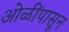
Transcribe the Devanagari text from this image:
ओळींपासून